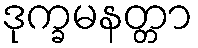
ဒုက္ခမနတ္တာ